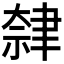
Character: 𫆕